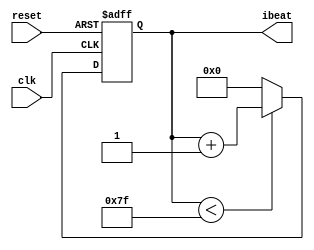
//
//
//
//

module PlayerCtrl (
           input clk,
           input reset,
           output reg [7:0] ibeat
       );
parameter BEATLEAGTH = 127;

always @(posedge clk, posedge reset) begin
    if (reset)
        ibeat <= 0;
    else if (ibeat < BEATLEAGTH)
        ibeat <= ibeat + 1;
    else
        ibeat <= 0;
end

endmodule